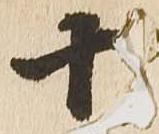
十